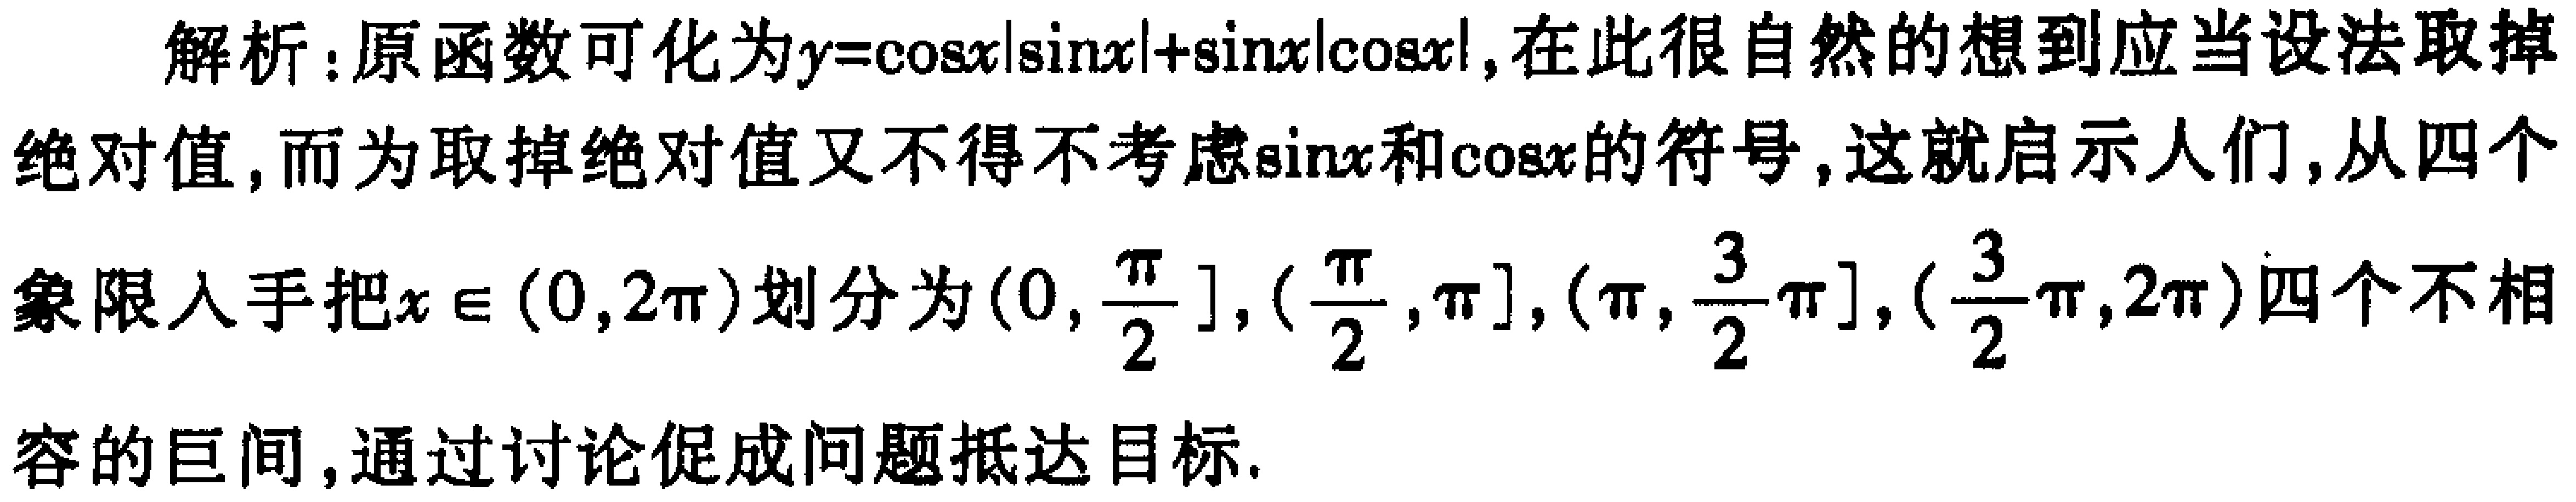
解析：原函数可化为\(y = \cos x|\sin x|+\sin x|\cos x|\)，在此很自然的想到应当设法取掉绝对值，而为取掉绝对值又不得不考虑\(\sin x\)和\(\cos x\)的符号，这就启示人们，从四个象限入手把\(x\in(0,2\pi)\)划分为\((0,\frac{\pi}{2}],(\frac{\pi}{2},\pi],(\pi,\frac{3}{2}\pi],(\frac{3}{2}\pi,2\pi)\)四个不相容的区间，通过讨论促成问题抵达目标。